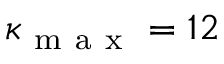
\kappa _ { \mathrm { ~ m ~ a ~ x ~ } } = 1 2